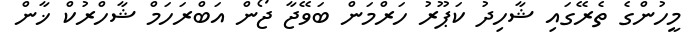
މީހުންގެ ތެރޭގައި ޝާހިދު ކަޕޫރު ހަރްމަން ބަވޭޖާ ޖޯން އަބްރަހަމް ޝާހްރުކް ޚާން